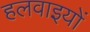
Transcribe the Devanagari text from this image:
हलवाइयों